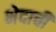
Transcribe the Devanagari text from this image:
भेदाची